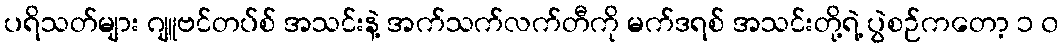
ပရိသတ်များ ဂျူဗင်တပ်စ် အသင်းနဲ့ အက်သက်လက်တီကို မက်ဒရစ် အသင်းတို့ရဲ့ ပွဲစဉ်ကတော့ ၁ ၀